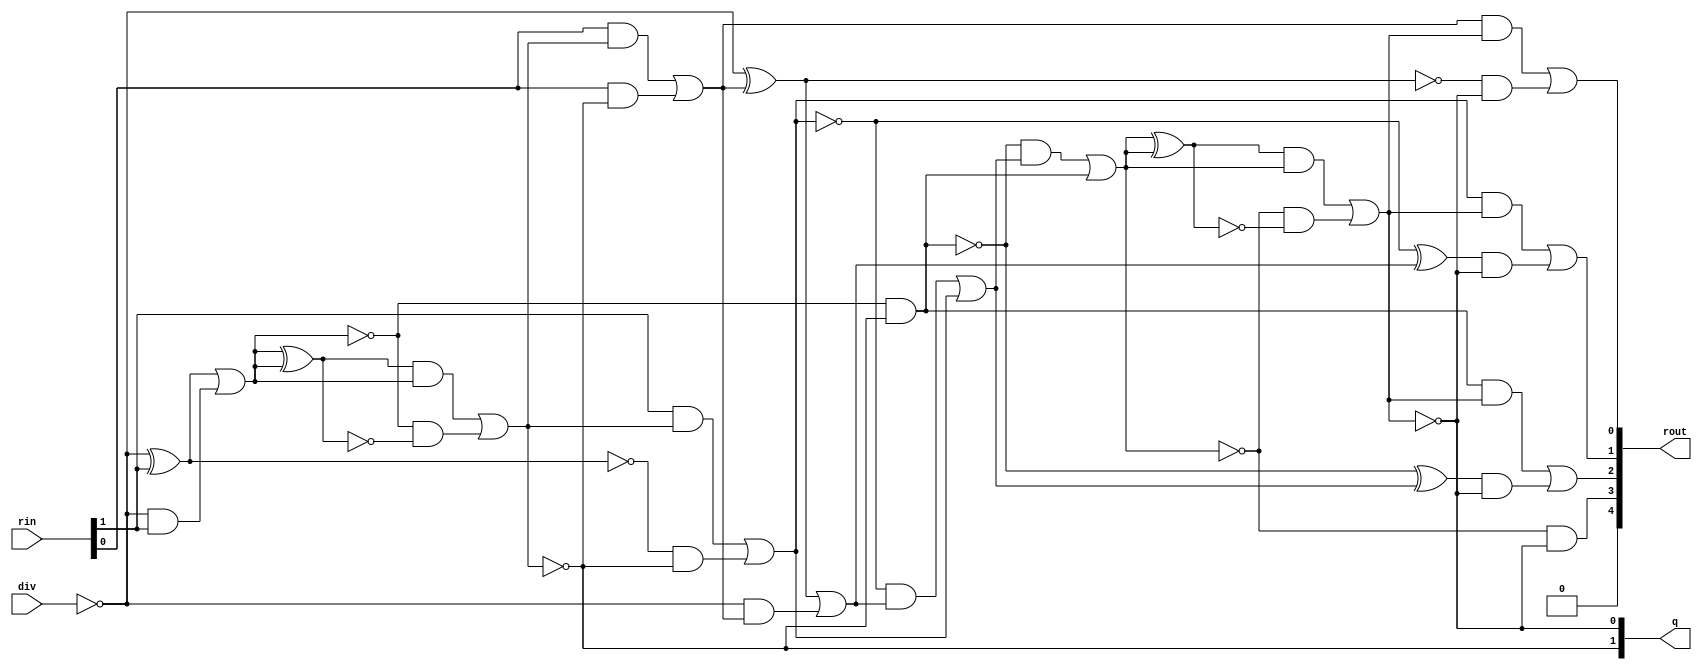
module divider(q, rout, rin, div);
  wire _0_;
  wire _1_;
  wire _2_;
  wire _3_;
  wire _4_;
  wire _5_;
  wire _6_;
  wire _7_;
  wire _8_;
  wire _9_;
  wire _10_;
  wire _11_;
  wire _12_;
  wire _13_;
  wire _14_;
  wire _15_;
  wire _16_;
  wire _17_;
  wire _18_;
  wire _19_;
  wire _20_;
  wire _21_;
  wire _22_;
  wire _23_;
  wire _24_;
  wire _25_;
  wire _26_;
  wire _27_;
  wire _28_;
  wire _29_;
  wire _30_;
  wire _31_;
  wire _32_;
  wire _33_;
  wire _34_;
  wire _35_;
  wire _36_;
  wire _37_;
  wire _38_;
  wire _39_;
  wire _40_;
  wire _41_;
  wire _42_;
  wire _43_;
  wire _44_;
  wire _45_;
  wire _46_;
  wire _47_;
  wire _48_;
  wire _49_;
  wire _50_;
  wire _51_;
  wire _52_;
  wire _53_;
  wire _54_;
  wire _55_;
  wire _56_;
  wire _57_;
  wire _58_;
  wire _59_;
  wire _60_;
  wire _61_;
  wire _62_;
  wire _63_;
  wire _64_;
  wire _65_;
  wire _66_;
  wire _67_;
  wire _68_;
  wire _69_;
  wire _70_;
  wire _71_;
  wire [2:0] r_0;
  wire [3:0] r_1;
  wire [3:0] m_1;
  wire [3:0] sum_1;
  wire [2:0] inv_1;
  wire [4:0] r_2;
  wire [4:0] m_2;
  wire [4:0] sum_2;
  wire [3:0] inv_2;
  wire zeroWire;
  wire oneWire;
  input [1:0] rin;
  input [0:0] div;
  output [1:0] q;
  output [4:0] rout;
  assign zeroWire = 1'b0 /*0*/;
  assign oneWire = 1'b1 /*0*/;
  assign r_0[0] = rin[0] /*194*/;
  assign r_0[1] = rin[1] /*193*/;
  assign r_0[2] = zeroWire /*192*/;
  assign inv_1[0] = oneWire /*116*/;
  assign inv_1[1] = ~div[0] /*110*/;
  assign inv_1[2] = oneWire /*104*/;
  assign _0_ = inv_1[0] ^ r_0[0] /*115*/;
  assign sum_1[0] = _0_ ^ oneWire /*114*/;
  assign _1_ = _0_ & oneWire /*113*/;
  assign _2_ = inv_1[0] & r_0[0] /*112*/;
  assign _3_ = _1_ | _2_ /*111*/;
  assign _4_ = inv_1[1] ^ r_0[1] /*109*/;
  assign sum_1[1] = _4_ ^ _3_ /*108*/;
  assign _5_ = _4_ & _3_ /*107*/;
  assign _6_ = inv_1[1] & r_0[1] /*106*/;
  assign _7_ = _5_ | _6_ /*105*/;
  assign _8_ = inv_1[2] ^ r_0[2] /*103*/;
  assign sum_1[2] = _8_ ^ _7_ /*102*/;
  assign _9_ = _8_ & _7_ /*101*/;
  assign _10_ = inv_1[2] & r_0[2] /*100*/;
  assign _11_ = _9_ | _10_ /*99*/;
  assign _12_ = _11_ ^ _7_ /*98*/;
  assign _13_ = ~_12_ /*97*/;
  assign _14_ = sum_1[2] & _13_ /*96*/;
  assign _15_ = _12_ & _11_ /*95*/;
  assign sum_1[3] = _15_ | _14_ /*94*/;
  assign q[1] = ~sum_1[3] /*93*/;
  assign m_1[0] = r_0[0] /*92*/;
  assign m_1[1] = r_0[1] /*91*/;
  assign m_1[2] = r_0[2] /*90*/;
  assign m_1[3] = r_0[2] /*89*/;
  assign _17_ = ~q[1] /*88*/;
  assign _18_ = sum_1[0] & q[1] /*87*/;
  assign _19_ = m_1[0] & _17_ /*86*/;
  assign r_1[0] = _19_ | _18_ /*85*/;
  assign _20_ = ~q[1] /*84*/;
  assign _21_ = sum_1[1] & q[1] /*83*/;
  assign _22_ = m_1[1] & _20_ /*82*/;
  assign r_1[1] = _22_ | _21_ /*81*/;
  assign _23_ = ~q[1] /*80*/;
  assign _24_ = sum_1[2] & q[1] /*79*/;
  assign _25_ = m_1[2] & _23_ /*78*/;
  assign r_1[2] = _25_ | _24_ /*77*/;
  assign _26_ = ~q[1] /*76*/;
  assign _27_ = sum_1[3] & q[1] /*75*/;
  assign _28_ = m_1[3] & _26_ /*74*/;
  assign r_1[3] = _28_ | _27_ /*73*/;
  assign inv_2[0] = ~div[0] /*60*/;
  assign inv_2[1] = oneWire /*54*/;
  assign inv_2[2] = oneWire /*48*/;
  assign inv_2[3] = oneWire /*42*/;
  assign _29_ = inv_2[0] ^ r_1[0] /*59*/;
  assign sum_2[0] = _29_ ^ oneWire /*58*/;
  assign _30_ = _29_ & oneWire /*57*/;
  assign _31_ = inv_2[0] & r_1[0] /*56*/;
  assign _32_ = _30_ | _31_ /*55*/;
  assign _33_ = inv_2[1] ^ r_1[1] /*53*/;
  assign sum_2[1] = _33_ ^ _32_ /*52*/;
  assign _34_ = _33_ & _32_ /*51*/;
  assign _35_ = inv_2[1] & r_1[1] /*50*/;
  assign _36_ = _34_ | _35_ /*49*/;
  assign _37_ = inv_2[2] ^ r_1[2] /*47*/;
  assign sum_2[2] = _37_ ^ _36_ /*46*/;
  assign _38_ = _37_ & _36_ /*45*/;
  assign _39_ = inv_2[2] & r_1[2] /*44*/;
  assign _40_ = _38_ | _39_ /*43*/;
  assign _41_ = inv_2[3] ^ r_1[3] /*41*/;
  assign sum_2[3] = _41_ ^ _40_ /*40*/;
  assign _42_ = _41_ & _40_ /*39*/;
  assign _43_ = inv_2[3] & r_1[3] /*38*/;
  assign _44_ = _42_ | _43_ /*37*/;
  assign _45_ = _44_ ^ _40_ /*36*/;
  assign _46_ = ~_45_ /*35*/;
  assign _47_ = sum_2[3] & _46_ /*34*/;
  assign _48_ = _45_ & _44_ /*33*/;
  assign sum_2[4] = _48_ | _47_ /*32*/;
  assign q[0] = ~sum_2[4] /*31*/;
  assign m_2[0] = r_1[0] /*30*/;
  assign m_2[1] = r_1[1] /*29*/;
  assign m_2[2] = r_1[2] /*28*/;
  assign m_2[3] = r_1[3] /*27*/;
  assign m_2[4] = r_1[3] /*26*/;
  assign _50_ = ~q[0] /*25*/;
  assign _51_ = sum_2[0] & q[0] /*24*/;
  assign _52_ = m_2[0] & _50_ /*23*/;
  assign r_2[0] = _52_ | _51_ /*22*/;
  assign _53_ = ~q[0] /*21*/;
  assign _54_ = sum_2[1] & q[0] /*20*/;
  assign _55_ = m_2[1] & _53_ /*19*/;
  assign r_2[1] = _55_ | _54_ /*18*/;
  assign _56_ = ~q[0] /*17*/;
  assign _57_ = sum_2[2] & q[0] /*16*/;
  assign _58_ = m_2[2] & _56_ /*15*/;
  assign r_2[2] = _58_ | _57_ /*14*/;
  assign _59_ = ~q[0] /*13*/;
  assign _60_ = sum_2[3] & q[0] /*12*/;
  assign _61_ = m_2[3] & _59_ /*11*/;
  assign r_2[3] = _61_ | _60_ /*10*/;
  assign _62_ = ~q[0] /*9*/;
  assign _63_ = sum_2[4] & q[0] /*8*/;
  assign _64_ = m_2[4] & _62_ /*7*/;
  assign r_2[4] = _64_ | _63_ /*6*/;
  assign rout[0] = r_2[0] /*0*/;
  assign rout[1] = r_2[1] /*1*/;
  assign rout[2] = r_2[2] /*2*/;
  assign rout[3] = r_2[3] /*3*/;
  assign rout[4] = r_2[4] /*4*/;
endmodule